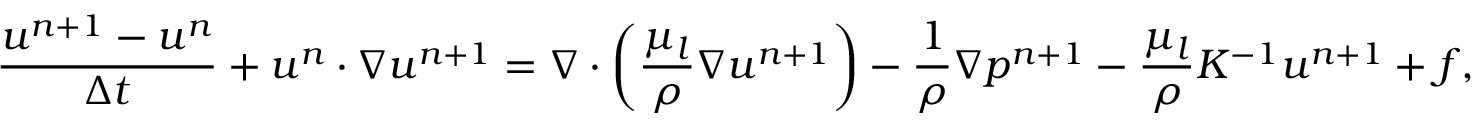
\frac { \boldsymbol { u } ^ { n + 1 } - \boldsymbol { u } ^ { n } } { \Delta t } + \boldsymbol { u } ^ { n } \cdot \nabla \boldsymbol { u } ^ { n + 1 } = \nabla \cdot \left( \frac { \mu _ { l } } { \rho } \nabla \boldsymbol { u } ^ { n + 1 } \right) - \frac { 1 } { \rho } \nabla p ^ { n + 1 } - \frac { \mu _ { l } } { \rho } K ^ { - 1 } \boldsymbol { u } ^ { n + 1 } + \boldsymbol { f } ,